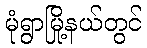
မုံရွာမြို့နယ်တွင်